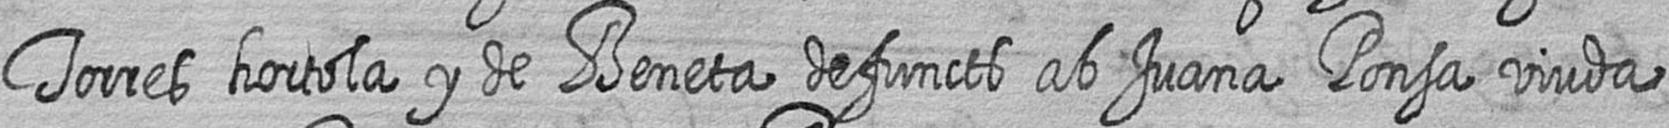
Torres hortola y de Beneta defuncts ab Juana Ponsa viuda